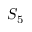
S _ { 5 }